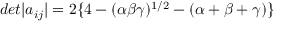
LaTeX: d e t | a _ { i j } | = 2 \{ 4 - ( \alpha \beta \gamma ) ^ { 1 / 2 } - ( \alpha + \beta + \gamma ) \}